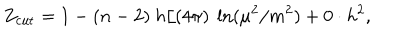
LaTeX: Z _ { \mathrm { c u t } } = 1 - ( n - 2 ) ~ h / ( 4 \pi ) ~ \ln ( \mu ^ { 2 } / m ^ { 2 } ) + 0 \cdot h ^ { 2 } ,